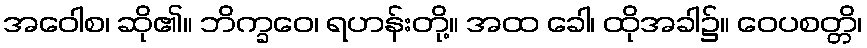
အဝေါစ၊ ဆို၏။ ဘိက္ခဝေ၊ ရဟန်းတို့။ အထ ခေါ၊ ထိုအခါ၌။ ဝေပစတ္တိ၊